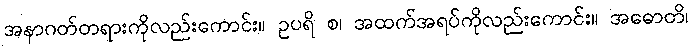
အနာဂတ်တရားကိုလည်းကောင်း။ ဥပရိ စ၊ အထက်အရပ်ကိုလည်းကောင်း။ အဓောတိ၊